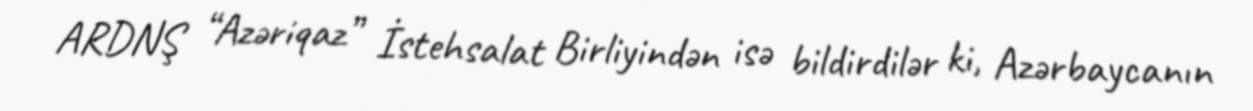
ARDNŞ “Azəriqaz” İstehsalat Birliyindən isə bildirdilər ki, Azərbaycanın